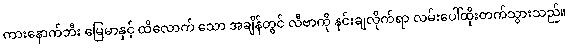
ကားနောက်ဘီး မြေမာနှင့် ထိလောက် သော အချိန်တွင် လီဗာကို နင်းချလိုက်ရာ လမ်းပေါ်ထိုးတက်သွားသည်။